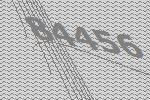
84456